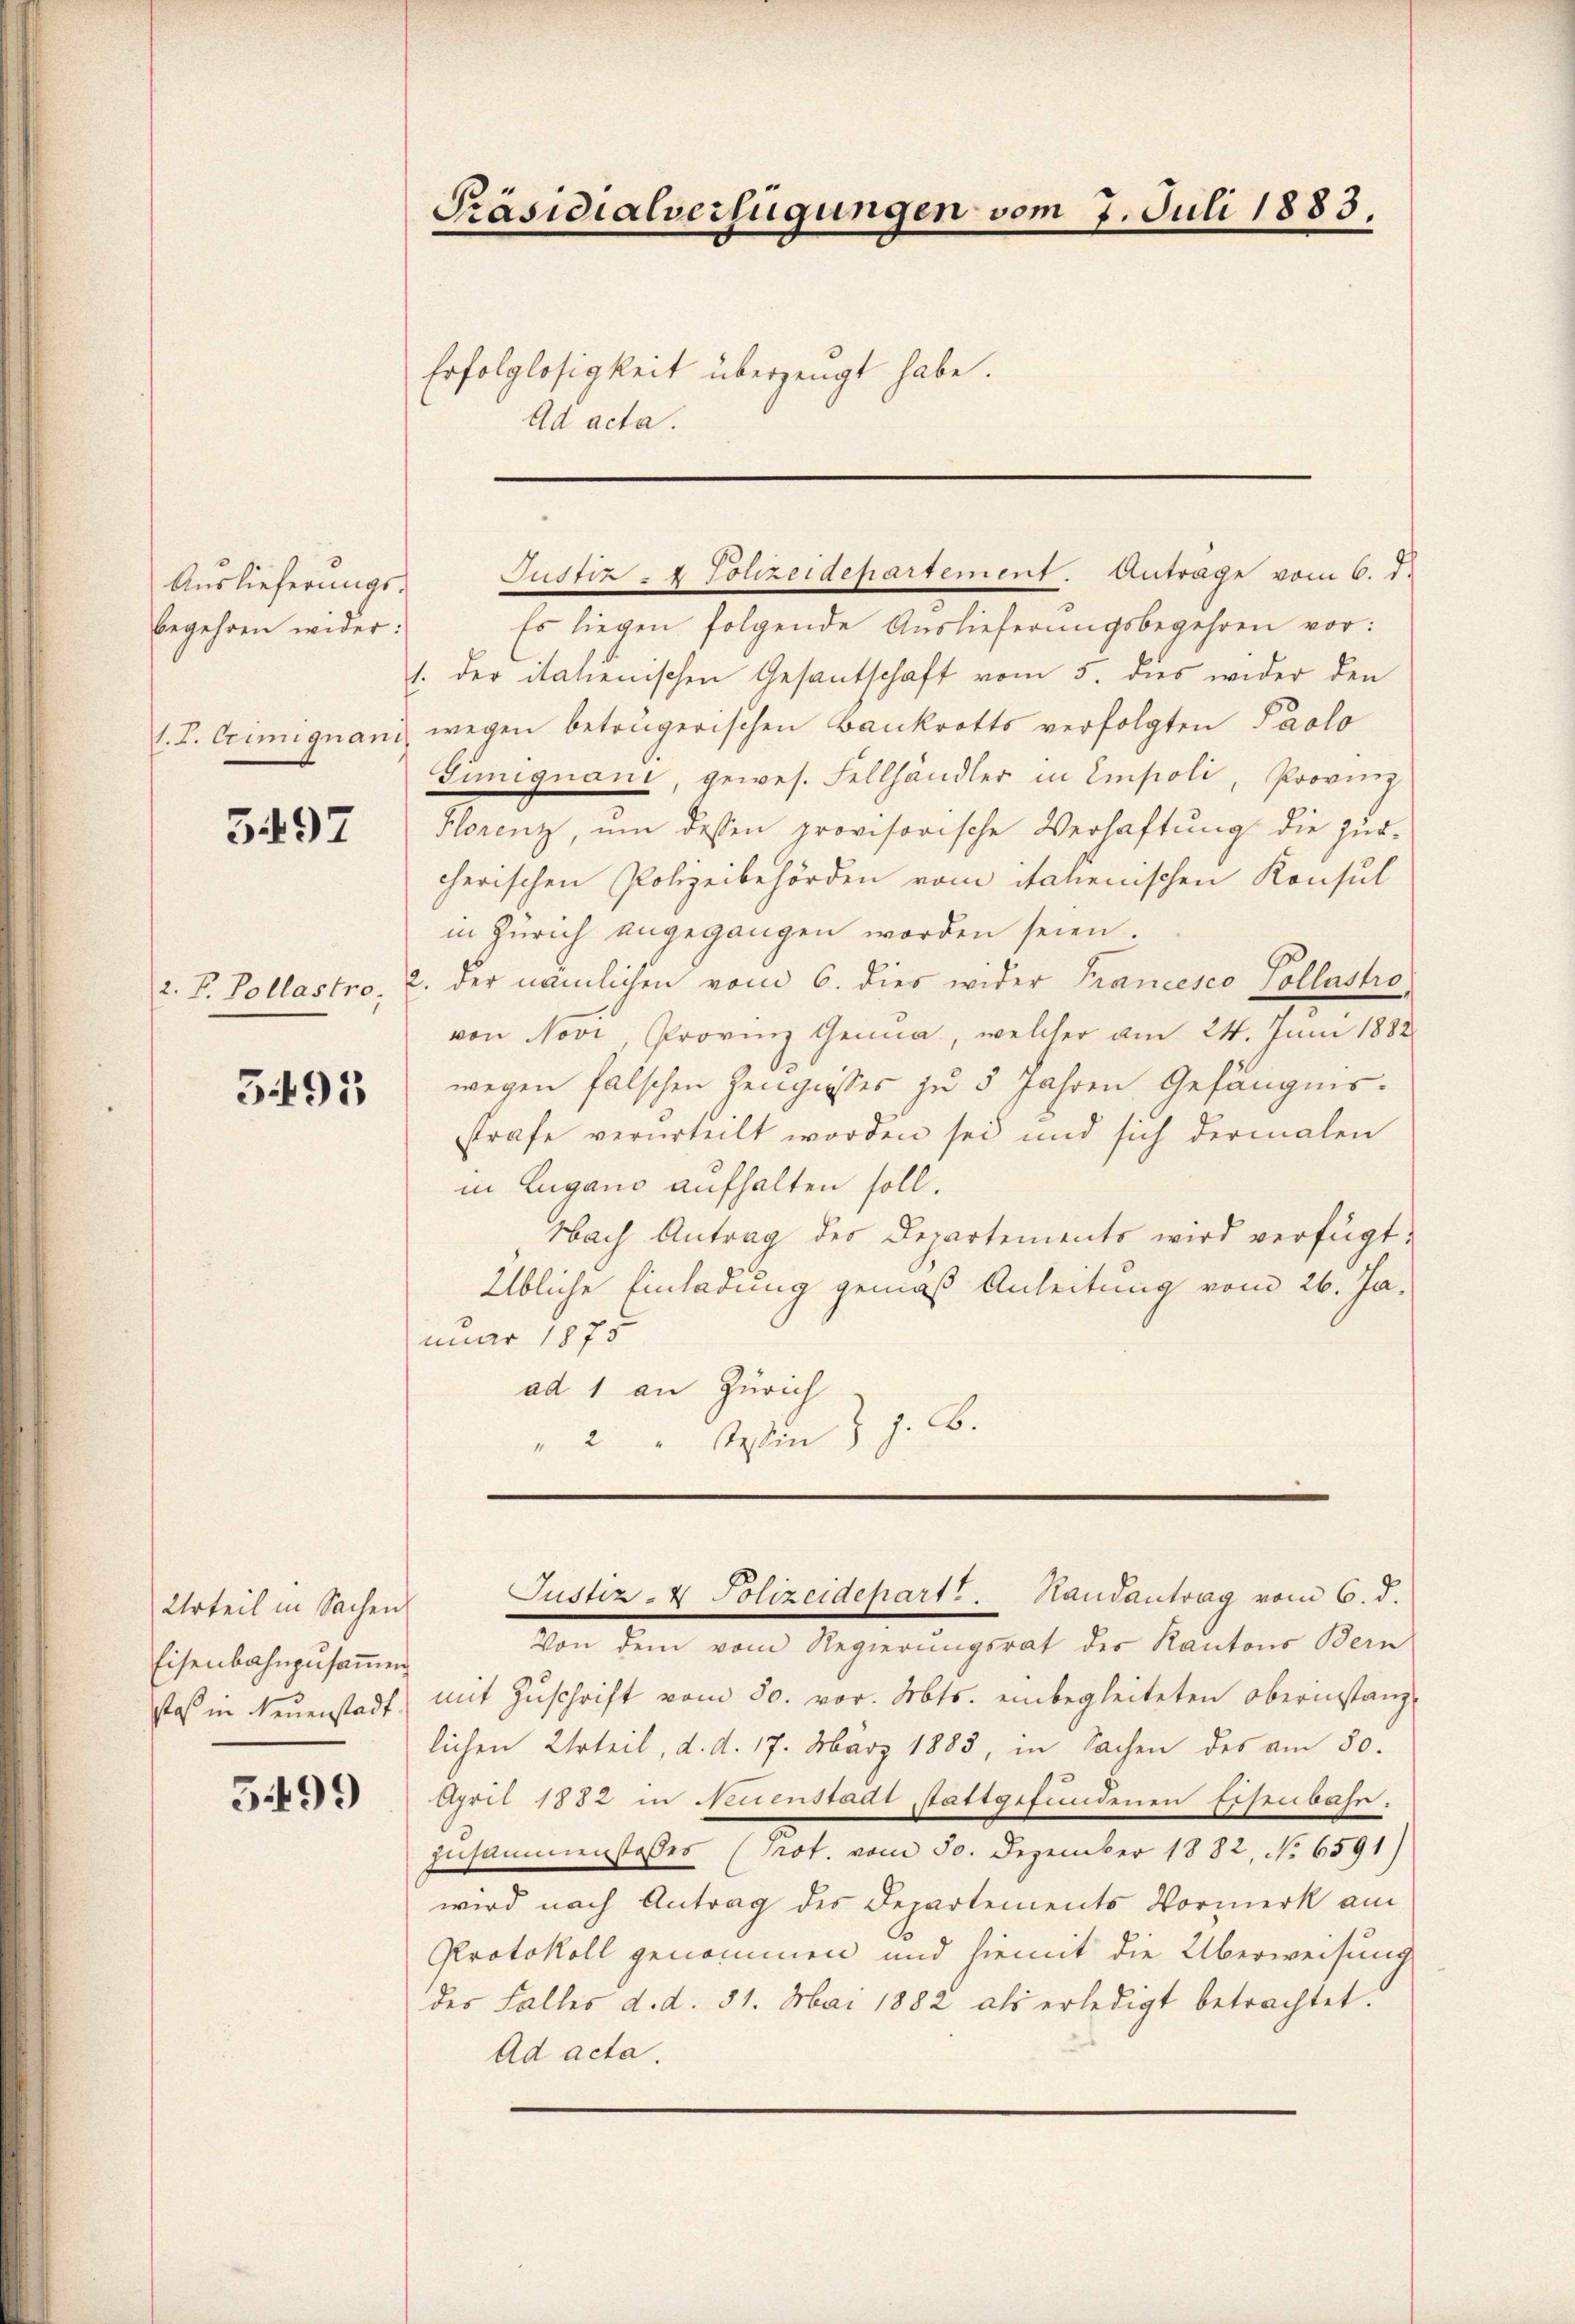
Auslieferungsbegehren wider.

5497

3495

Urteil in Sachen
Eisenbahnzusammen
saß in Neuenstadt.

599

Präsidialverfügungen vom 7. Juli 1883.

Erfolglosigkeit überzeugt habe.
Ad acta.

Es liegen folgende Auslieferungsbegehren vor:
1. der italienischen Gesantschaft vom 5. dies wider den
l. J. Crimiquani, wegen beträgerischen Bankrotts verfolgten Paolo
Guniquani, gewes. Fellhändler in Empoli, Provinz
Florenz, um dessen provisorische Verhaftung die Zur-
cherischen Polizeibehörden vom Nahenischen Konsul
in Zürich angegangen worden seien.
2. F. Pollastro, 2. der nämlichen vom 6. dies wider Francesco Pollastrovon Novi, Provinz Genua, welcher am 24. Juni 1882
wegen falschen Zeugnisses zu 5 Jahren Gefängnis.
strafe verurteilt worden sei und sich dermalen
in Lugano aufhalten soll.
Nach Antrag des Departements wird verfügt:
Übliche Einladung gemäß Anleitung vom 26. Januar 1875
ad 1 an Zürich
" 2 " Wein J. J. B.

Justiz- & Polizeidepartement. Antrage vom 6. d.

Justiz- & Polizeidepart. Handantrag vom 6. d.

Von dem vom Regierungsrat des Kantons Bern
mit Zŭschrift vom 30. vor. Mts. einbegleiteten Oberinstanz-
lichen Urteil, d. d. 17. März 1883, in Sachen des am 30.
April 1882 in Neuenstadt stattgefundenen Eisenbahn.
Zusammenstoßes (Prot. vom 30. Dezember 1882, No. 6591)
wird nach Antrag des Departements Vormerk am
Protokoll genommen und hiemit die Überweisung
des Falles d. d. 31. Mai 1882 als erledigt betrachtet.
Ad acta.